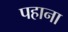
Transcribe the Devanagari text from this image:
पहाना